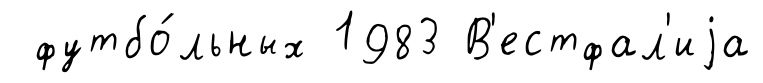
футбо́льных 1983 В'естфал'иjа